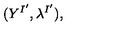
( Y ^ { I ^ { \prime } } , \lambda ^ { I ^ { \prime } } ) ,